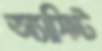
অ্যাসিস্ট